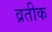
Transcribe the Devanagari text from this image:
व्रतीक